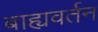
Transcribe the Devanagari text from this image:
बाह्यवर्तन